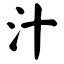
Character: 汁